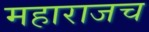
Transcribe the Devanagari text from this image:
महाराजच